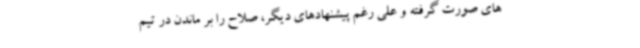
های صورت گرفته و علی رغم پیشنهادهای دیگر، صلاح را بر ماندن در تیم